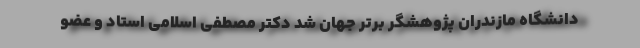
دانشگاه مازندران پژوهشگر برتر جهان شد دکتر مصطفی اسلامی استاد و عضو